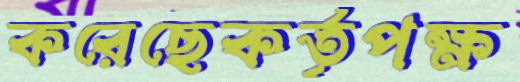
করেছেকর্তৃপক্ষ